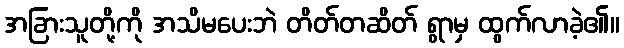
အခြားသူတို့ကို အသိမပေးဘဲ တိတ်တဆိတ် ရွာမှ ထွက်လာခဲ့၏။